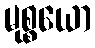
မုစ္စယော